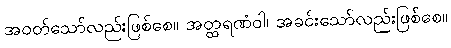
အဝတ်သော်လည်းဖြစ်စေ။ အတ္ထရဏံဝါ၊ အခင်းသော်လည်းဖြစ်စေ။